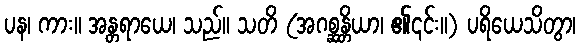
ပန၊ ကား။ အန္တရာယေ၊ သည်။ သတိ (အဂစ္ဆန္တိယာ၊ ၏၎င်း။) ပရိယေသိတွာ၊